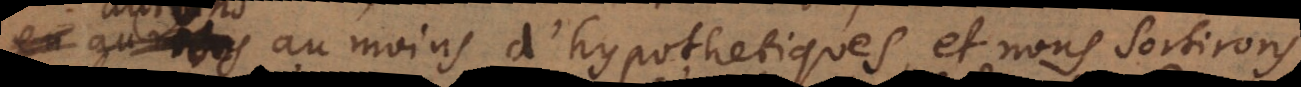
aurons au moins d’hypothetiques, et nous sortirons